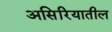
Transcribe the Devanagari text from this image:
असिरियातील